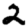
Digit: 2